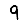
Digit: 9